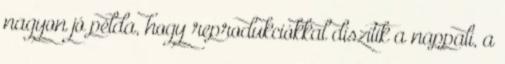
nagyon jó példa, hogy reprodukciókkal díszítik a nappali, a